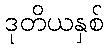
ဒုတိယနှစ်